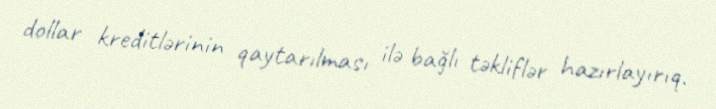
dollar kreditlərinin qaytarılması ilə bağlı təkliflər hazırlayırıq.